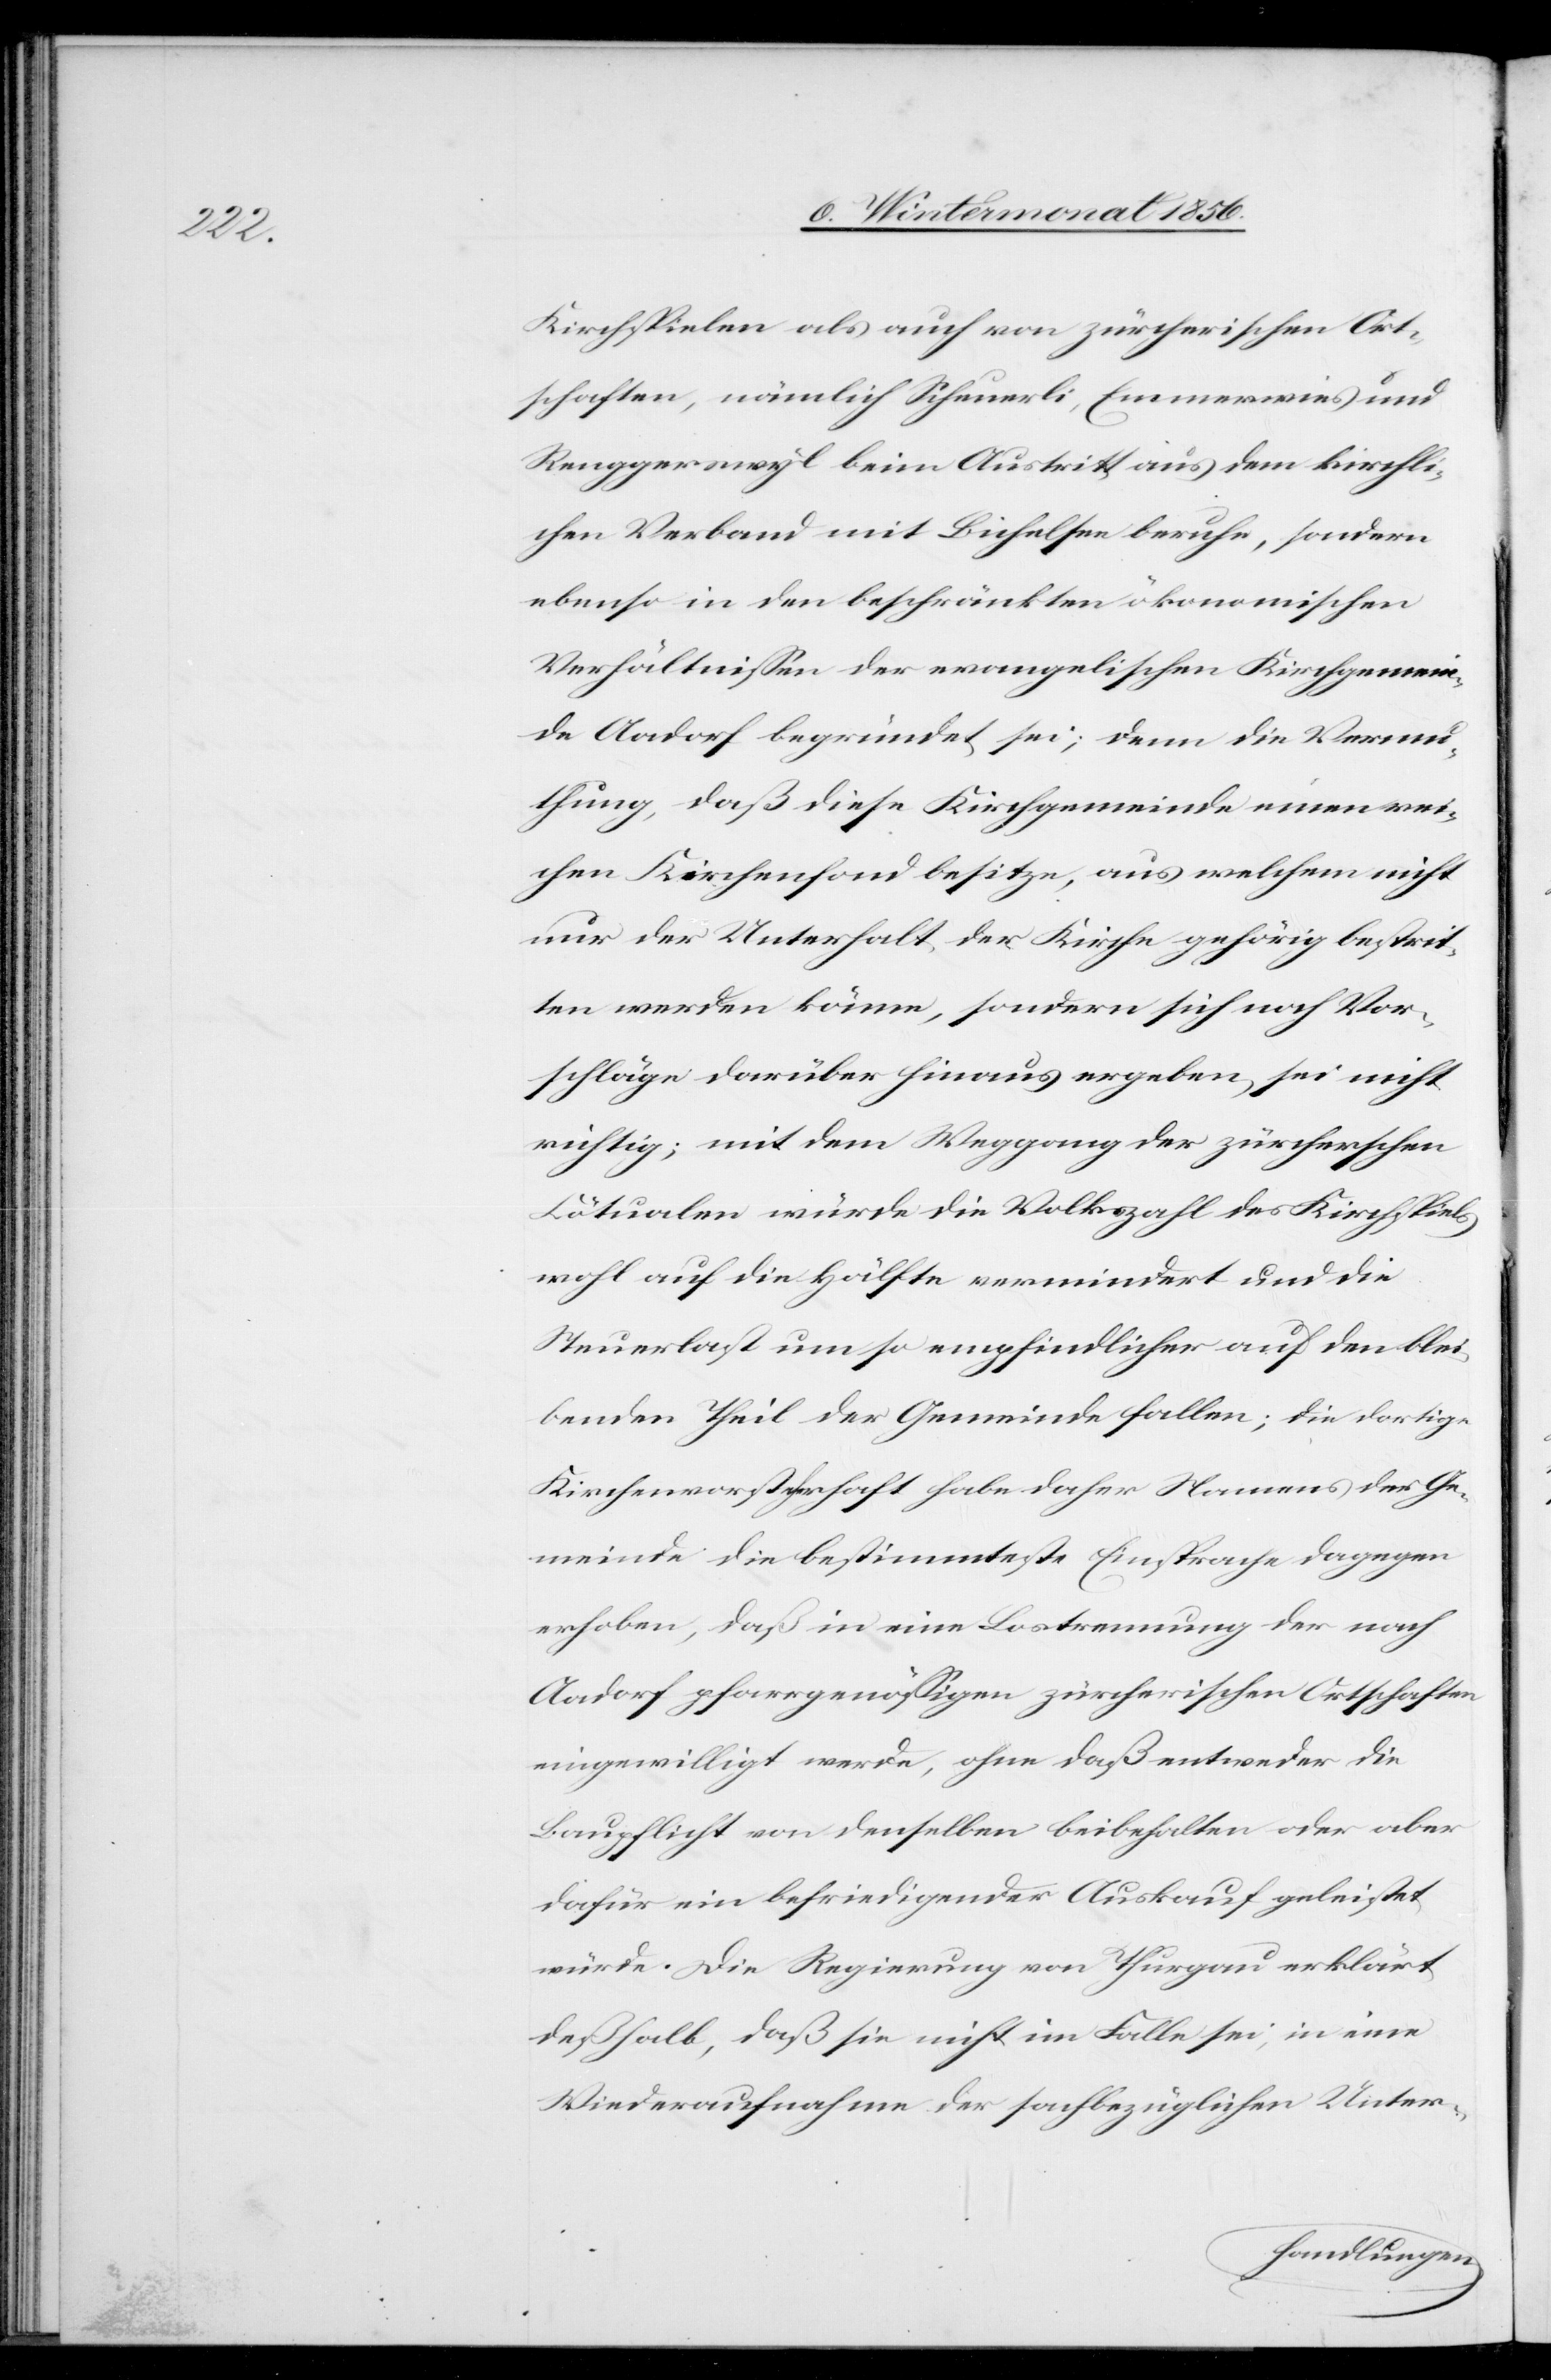
Kirchspielen als auch von zürcherischen Ort¬
schaften, nämlich Scheuerli, Emmerwies und
Renggerswyl beim Austritt aus dem kirchli¬
chen Verband mit Bichelsee beruhe, sondern
ebenso in den beschränkten ökonomischen
Verhältnissen der evangelischen Kirchgemein¬
de Aadorf begründet sei; denn die Vermu¬
thung, daß diese Kirchgemeinde einen rei¬
chen Kirchenfond besitze, aus welchem nicht
nur der Unterhalt der Kirche gehörig bestrit¬
ten werden könne, sondern sich noch Vor¬
schläge darüber hinaus ergeben, sei nicht
richtig; mit dem Weggang der zürcherschen
Cötualen würde die Volkszahl des Kirchspiels
wohl auf die Hälfte vermindert und die
Steuerlast um so empfindlicher auf den blei¬
benden Theil der Gemeinde fallen; die dortige
Kirchenvorsteher[sc]haft habe daher Namens der Ge¬
meinde die bestimmteste Einsprache dagegen
erhoben, daß in eine Lostrennung der nach
Aadorf pfarrgenössigen zürcherischen Ortschaften
eingewilligt werde, ohne daß entweder die
Baupflicht von denselben beibehalten oder aber
dafür ein befriedigender Auskauf geleistet
würde. Die Regierung von Thurgau erklärt
deßhalb, daß sie nicht im Falle sei, in eine
Wideraufnahme der sachbezüglichen Unter-